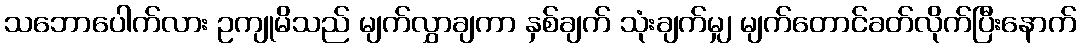
သဘောပေါက်လား ဥကျုမိသည် မျက်လွှာချကာ နှစ်ချက် သုံးချက်မျှ မျက်တောင်ခတ်လိုက်ပြီးနောက်